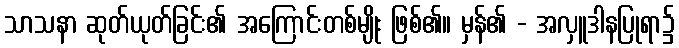
သာသနာ ဆုတ်ယုတ်ခြင်း၏ အကြောင်းတစ်မျိုး ဖြစ်၏။ မှန်၏ - အလှူဒါနပြုရာ၌